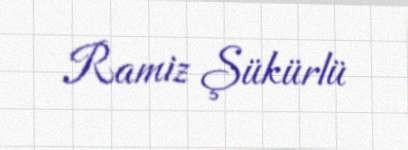
Ramiz Şükürlü